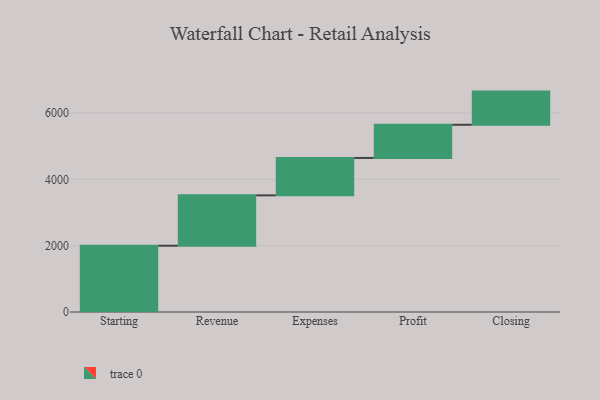
{"axis": {"x": "Step", "y": "Value"}, "legend": [""], "data": [{"x": "Starting", "y": 1998.0, "type": ""}, {"x": "Revenue", "y": 1518.0, "type": ""}, {"x": "Expenses", "y": 1128.0, "type": ""}, {"x": "Profit", "y": 1000, "type": ""}, {"x": "Closing", "y": 1000, "type": ""}]}